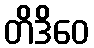
တိဒိဝေ